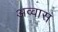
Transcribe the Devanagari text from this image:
अव्वास